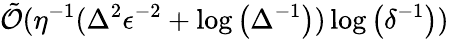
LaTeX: \tilde{\mathcal{O}}(\eta^{-1}(\Delta^{2}\epsilon^{-2}+\log\left(\Delta^{-1}\right))\log\left(\delta^{-1}\right))